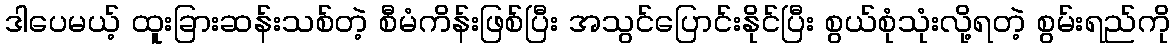
ဒါပေမယ့် ထူးခြားဆန်းသစ်တဲ့ စီမံကိန်းဖြစ်ပြီး အသွင်ပြောင်းနိုင်ပြီး စွယ်စုံသုံးလို့ရတဲ့ စွမ်းရည်ကို